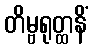
တိမ္ဗရုတ္ထနိံ